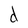
Character: d